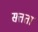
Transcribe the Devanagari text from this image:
सत्तता